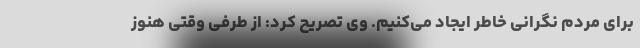
برای مردم نگرانی خاطر ایجاد می‌کنیم. وی تصریح کرد: از طرفی وقتی هنوز